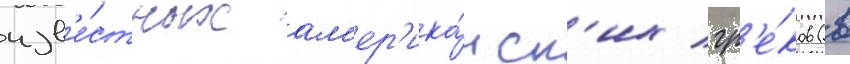
изв'е́стных ам'ер'ика́нск'их гр'е́ков (в